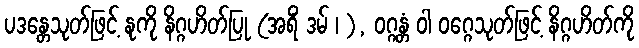
ပဒန္တေသုတ်ဖြင့် နုကို နိဂ္ဂဟိတ်ပြု (အရိံ ဒမ် ၊ ), ဝဂ္ဂန္တံ ဝါ ဝဂ္ဂေသုတ်ဖြင့် နိဂ္ဂဟိတ်ကို